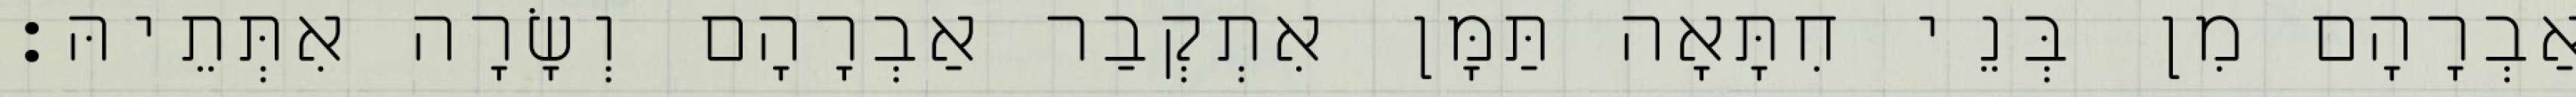
אַבְרָהָם מִן בְּנֵי חִתָּאָה תַּמָּן אִתְקְבַר אַבְרָהָם וְשָׂרָה אִתְּתֵיהּ׃